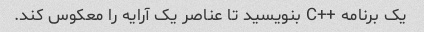
یک برنامه ++C بنویسید تا عناصر یک آرایه را معکوس کند.